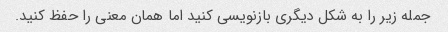
جمله زیر را به شکل دیگری بازنویسی کنید اما همان معنی را حفظ کنید.